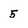
Character: 5